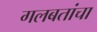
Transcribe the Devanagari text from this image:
गलबतांचा